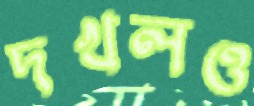
দখলও